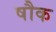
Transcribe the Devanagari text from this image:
षौक